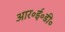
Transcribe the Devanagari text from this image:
आर॰ई॰डी॰